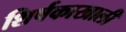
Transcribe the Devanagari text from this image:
शिर्षकाखाली